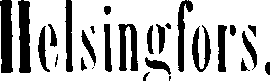
Helsingfors.